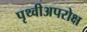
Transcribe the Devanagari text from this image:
पृथ्वीअपरोक्ष